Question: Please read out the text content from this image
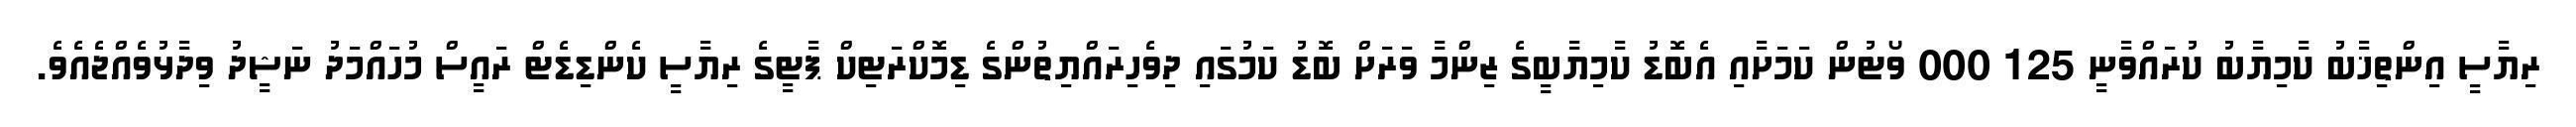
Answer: ރިޔާސީ އިންތިޚާބު ކާމިޔާބު ކުރައްވާނީ 125 000 ވޯޓުން ކަމަށާއި އެބޮޑު ކާމިޔާބީގެ ޒިންމާ ވަރަށް ބޮޑު ކަމުގައި ދިވެހިރައްޔިތުންގެ ޑިމޮކްރަޓިކް ޕާޓީގެ ރިޔާސީ ކެންޑިޑެޓް ރައީސް މުހައްމަދު ނަޝީދު ވިދާޅުވެއްޖެއެވެ.